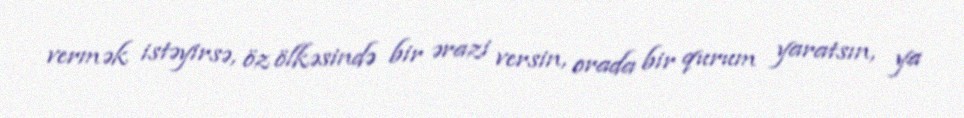
vermək istəyirsə, öz ölkəsində bir ərazi versin, orada bir qurum yaratsın, ya